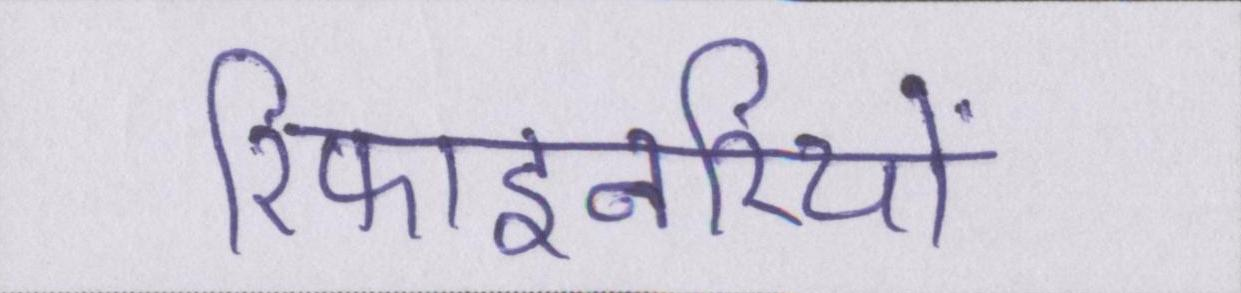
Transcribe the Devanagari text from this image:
रिफाइनरियों